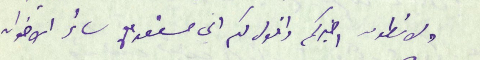
ولانطون اخبركم واقول لكم اني مستعد مع سائر الاخوان